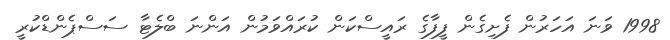
1998 ވަނަ އަހަރުން ފެށިގެން ފީފާގެ ރައީސްކަން ކުރައްވަމުން އަންނަ ބްލެޓާ ސަސްޕެންޑްކުރީ